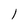
Character: l